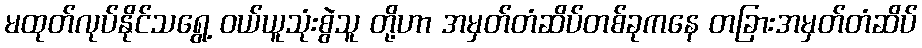
မထုတ်လုပ်နိုင်သရွေ့ ဝယ်ယူသုံးစွဲသူ တို့ဟာ အမှတ်တံဆိပ်တစ်ခုကနေ တခြားအမှတ်တံဆိပ်